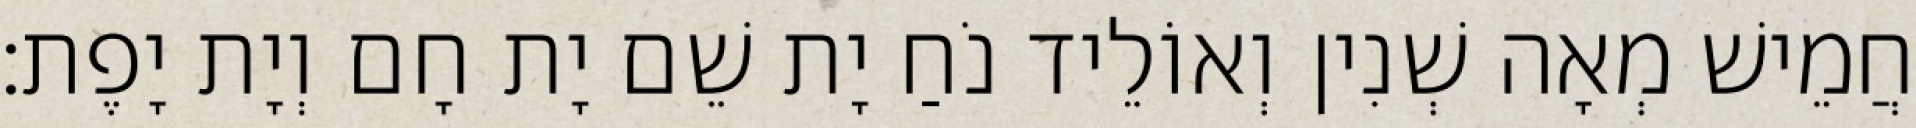
חֲמֵישׁ מְאָה שְׁנִין וְאוֹלֵיד נֹחַ יָת שֵׁם יָת חָם וְיָת יָפֶת׃